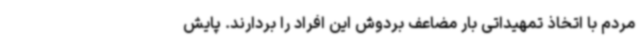
مردم با اتخاذ تمهیداتی بار مضاعف بردوش این افراد را بردارند. پایش